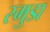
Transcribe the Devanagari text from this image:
स्मुडा